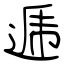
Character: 逓